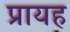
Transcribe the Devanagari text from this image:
प्रायह